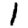
Digit: 1